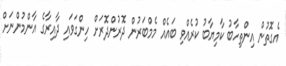
އެގޮތުން އިންތިހާބު ކާމިޔާބު ކުރެއްވި ބައެއް މެމްބަރުން ދޮރުންދޮރަށް ހިންގަވައި ދާއިރާގެ އާންމުންނަށް